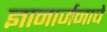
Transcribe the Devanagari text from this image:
ज्ञानार्जनाचे